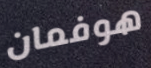
هوفمان